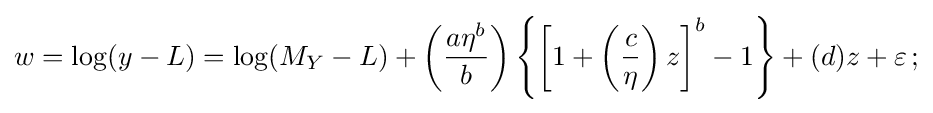
w=\log(y-L)=\log(M_{Y}-L)+\left({\frac {a\eta ^{b}}{b}}\right)\left\{\left[1+\left({\frac {c}{\eta }}\right)z\right]^{b}-1\right\}+(d)z+\varepsilon \,;